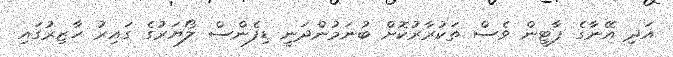
އަދި އޭނާގެ ޕާޓީން ވެސް ތަކުރާރުކޮށް ބުނަމުންދަނީ ޑިފެންސް ލޯޔަރުގެ ގައިރު ހާޒިރުގައި